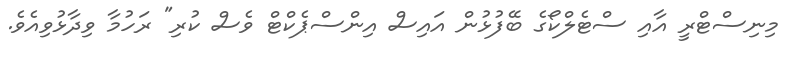
މިނިސްޓްރީ އާއި ސްޓެލްކޯގެ ބޭފުޅުން އައިސް އިންސްޕެކްޓް ވެސް ކުރި" ރަހުމާ ވިދާޅުވިއެވެ.